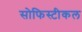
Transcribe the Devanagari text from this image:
सोफिस्टीकल